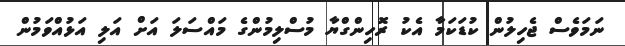
ނަމަވެސް ޖެހިލުން ކުޑަކަމާ އެކު ރޮހިންގްޔާ މުސްލިމުންގެ މައްސަލަ އަށް އަލި އަޅުއްވަމުން